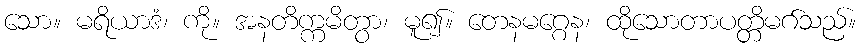
သော။ မရိယာဒံ၊ ကို။ အနတိက္ကမိတွာ၊ မူ၍။ တေနမဂ္ဂေန၊ ထိုသောတာပတ္တိမဂ်သည်။